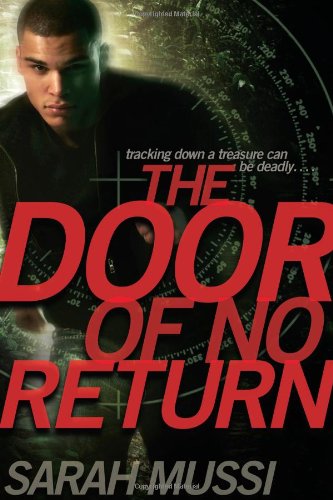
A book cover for The Door of No Return; Sarah Mussi; Teen & Young Adult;